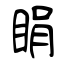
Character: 睊